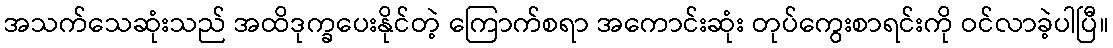
အသက်သေဆုံးသည် အထိဒုက္ခပေးနိုင်တဲ့ ကြောက်စရာ အကောင်းဆုံး တုပ်ကွေးစာရင်းကို ဝင်လာခဲ့ပါပြီ။